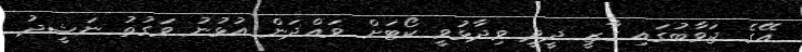
އޭގެ ޖަވާބުގައި ގާޒީ ދީދީ ވިދާޅުވީ ކޯޓަށް ވައްދަން އުޅުނު ވަގުތު ނަޝީދު